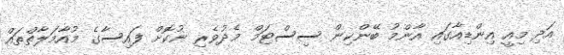
އަދި މިއީ އިންޑިއާގައި އާންމު ބޭންކިން ސިސްޓަމް މެދުވެރި ނުކޮށް ފައިސާގެ މުއާމަލާތްތައް